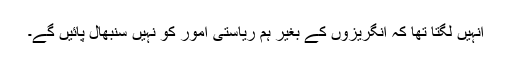
انہیں لگتا تھا کہ انگریزوں کے بغیر ہم ریاستی امور کو نہیں سنبھال پائیں گے۔